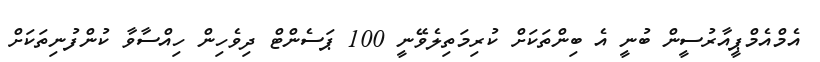
އެމްއެމްޕީއާރުސީން ބުނީ އެ ބިންތަކަށް ކުރިމަތިލެވޭނީ 100 ޕަސެންޓް ދިވެހިން ހިއްސާވާ ކުންފުނިތަކަށް